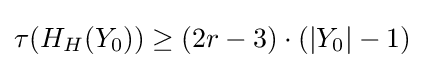
\tau (H_{H}(Y_{0}))\geq (2r-3)\cdot (|Y_{0}|-1)